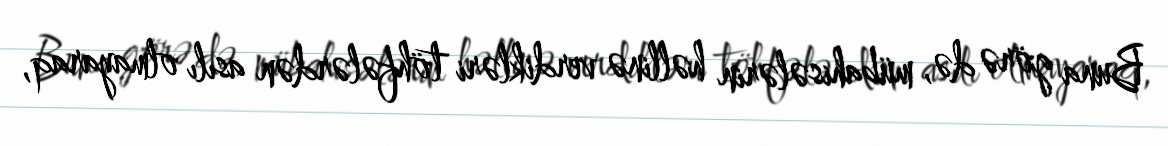
Buna görə də, mübahisələrin həllinə verdikləri töhfələrdən asılı olmayaraq,